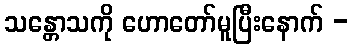
သန္တောသကို ဟောတော်မူပြီးနောက် -